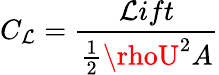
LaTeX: C_{\mathcal{L}}=\frac{{\mathcal{L}ift}}{{\frac{{1}}{{2}}\rhoU^{2}A}}